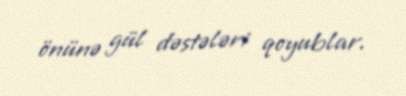
önünə gül dəstələri qoyublar.